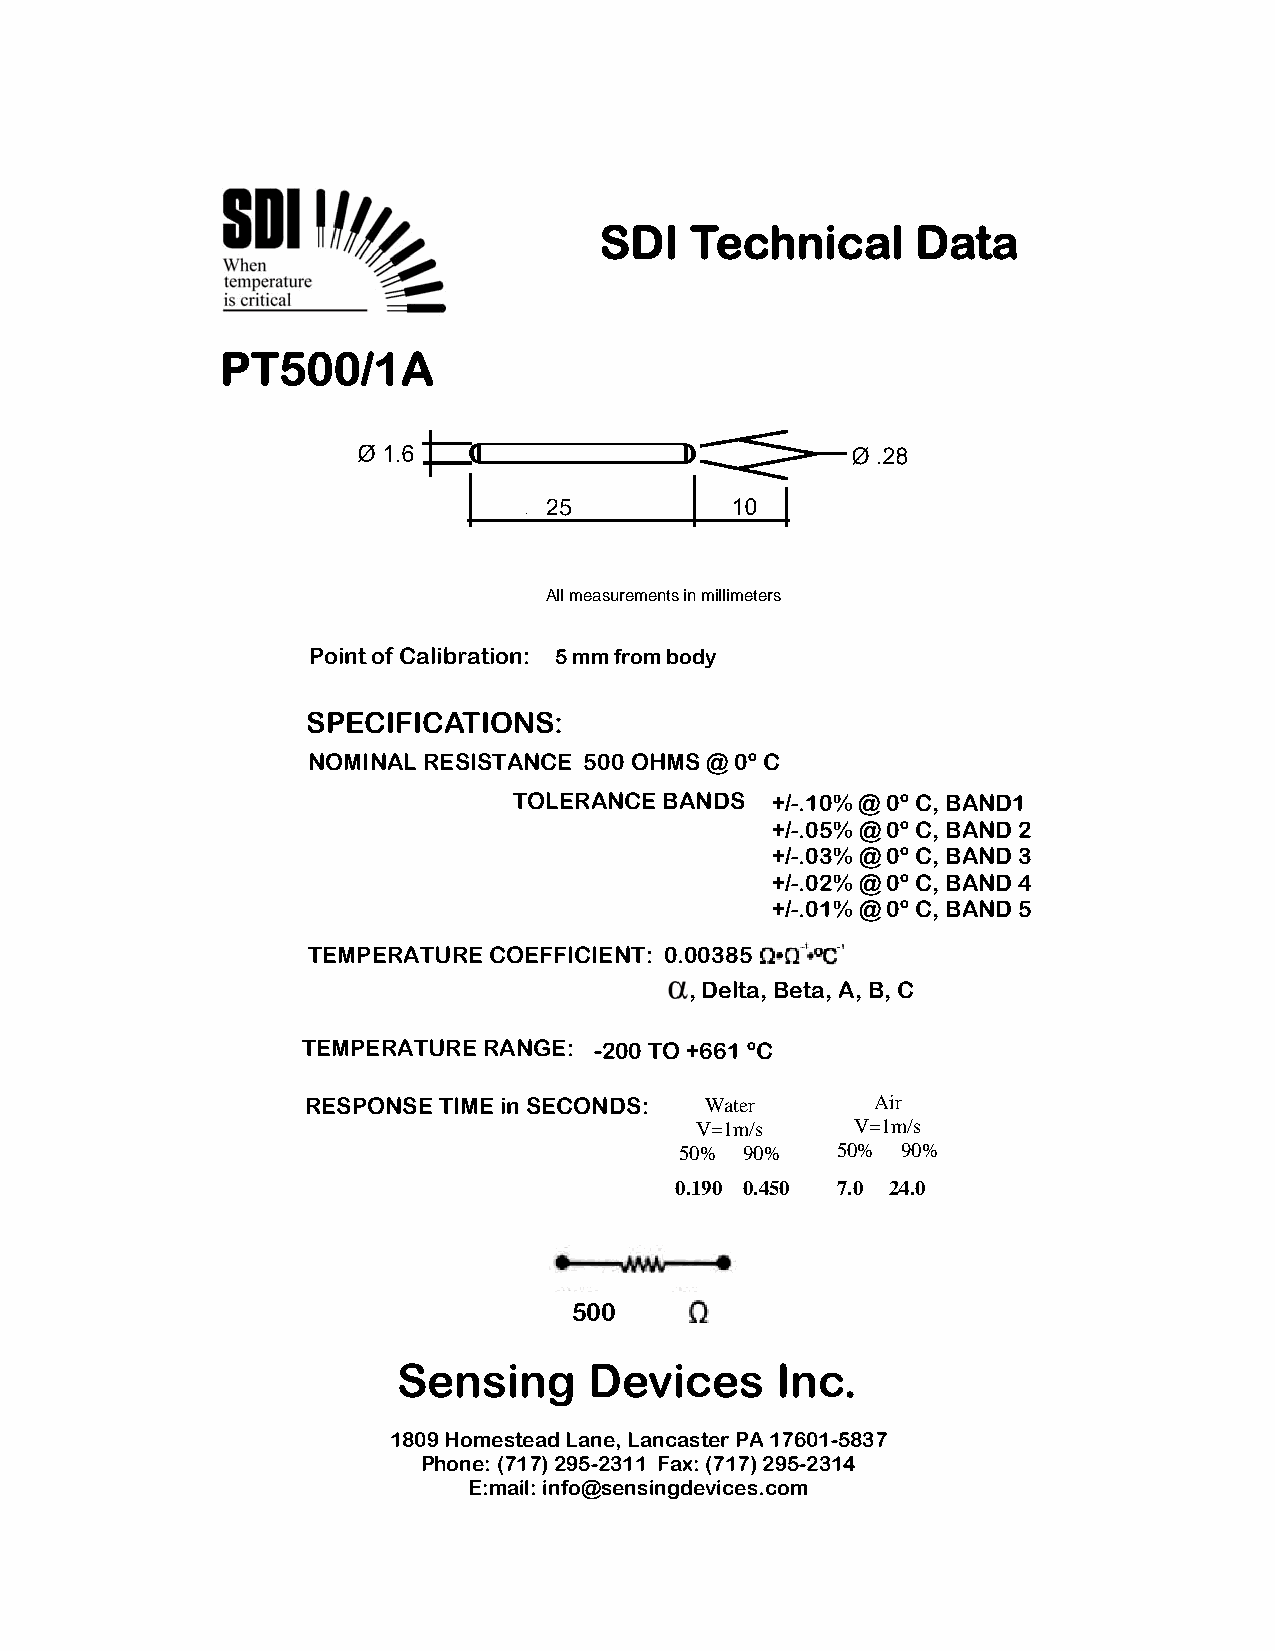
SDI   Technical      Data
 PT500/1A
 All measurements in millimeters
 Point of Calibration: 5 mm from body
 SPECIFICATIONS:
 NOMINAL RESISTANCE 500 OHMS @ 0º C
 TOLERANCE BANDS  +/-.10% @ 0º C, BAND1
 +/-.05% @ 0º C, BAND 2
 +/-.03% @ 0º C, BAND 3
 +/-.02% @ 0º C, BAND 4
 +/-.01% @ 0º C, BAND 5
 TEMPERATURE COEFFICIENT: 0.00385
 , Delta, Beta, A, B, C
 TEMPERATURE RANGE: -200 TO +661 ºC
 RESPONSE TIME in SECONDS:  Water      Air
 V=1m/s     V=1m/s
 50% 90%   50%  90%
 0.190 0.450 7.0 24.0
 500
 Sensing      Devices     Inc.
 1809 Homestead Lane, Lancaster PA 17601-5837
 Phone: (717) 295-2311 Fax: (717) 295-2314
 E:mail: info@sensingdevices.com